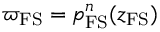
\varpi _ { \mathrm { F S } } = p _ { \mathrm { F S } } ^ { n } ( z _ { \mathrm { F S } } )